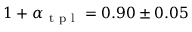
1 + \alpha _ { \mathrm { ~ t ~ p ~ l ~ } } = 0 . 9 0 \pm 0 . 0 5